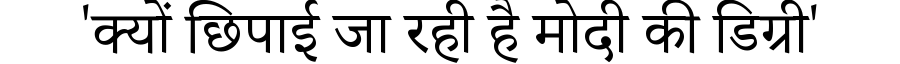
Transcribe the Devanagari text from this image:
'क्यों छिपाई जा रही है मोदी की डिग्री'